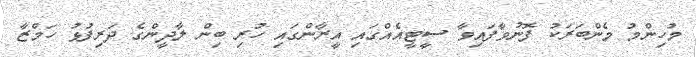
މުހިންމު މެންބަރަކު ފޮނުވާފައިވާ ސީޓީއެއްގައި އީރާންގައި ހުރި ބިން ލާދީންގެ ދަރިފުޅު ހަމްޒާ